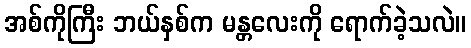
အစ်ကိုကြီး ဘယ်နှစ်က မန္တလေးကို ရောက်ခဲ့သလဲ။